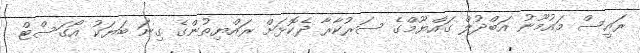
ރައީސް މައުމޫނު އަބްދުލް ގައްޔޫމްގެ ސަރުކާރާ ދެކޮޅަށް ރައްޔިތުންގެ ގިނަ ބަޔަކު އޯގަސްޓް